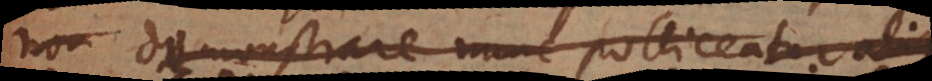
demonstrare nunc polliceatur